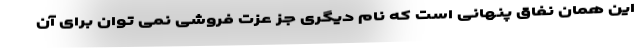
این همان نفاق پنهانی است که نام دیگری جز عزت فروشی نمی توان برای آن